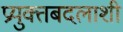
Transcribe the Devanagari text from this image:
प्रयुक्तबदलाशी